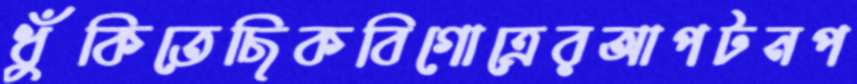
ধুঁকিতেছিকবিগোত্রেরআপটনপ